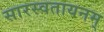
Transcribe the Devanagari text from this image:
सारस्वतायनम्